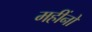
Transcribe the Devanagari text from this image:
महींनों